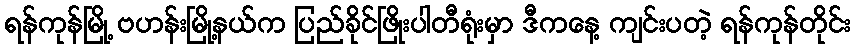
ရန်ကုန်မြို့ ဗဟန်းမြို့နယ်က ပြည်ခိုင်ဖြိုးပါတီရုံးမှာ ဒီကနေ့ ကျင်းပတဲ့ ရန်ကုန်တိုင်း